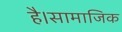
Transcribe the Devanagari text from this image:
है।सामाजिक